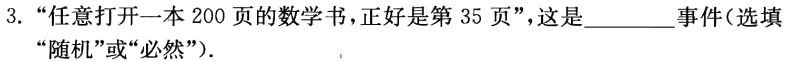
3. “任意打开一本 200 页的数学书，正好是第 35 页”，这是__________事件（选填“随机”或“必然”）.